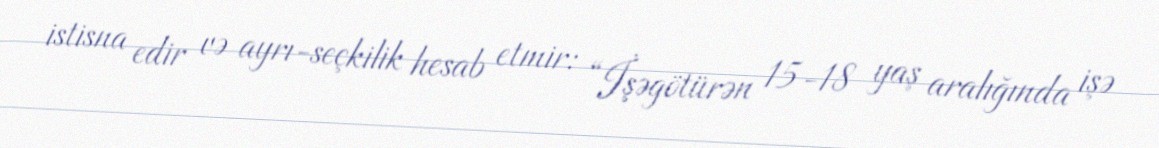
istisna edir və ayrı-seçkilik hesab etmir: “İşəgötürən 15-18 yaş aralığında işə